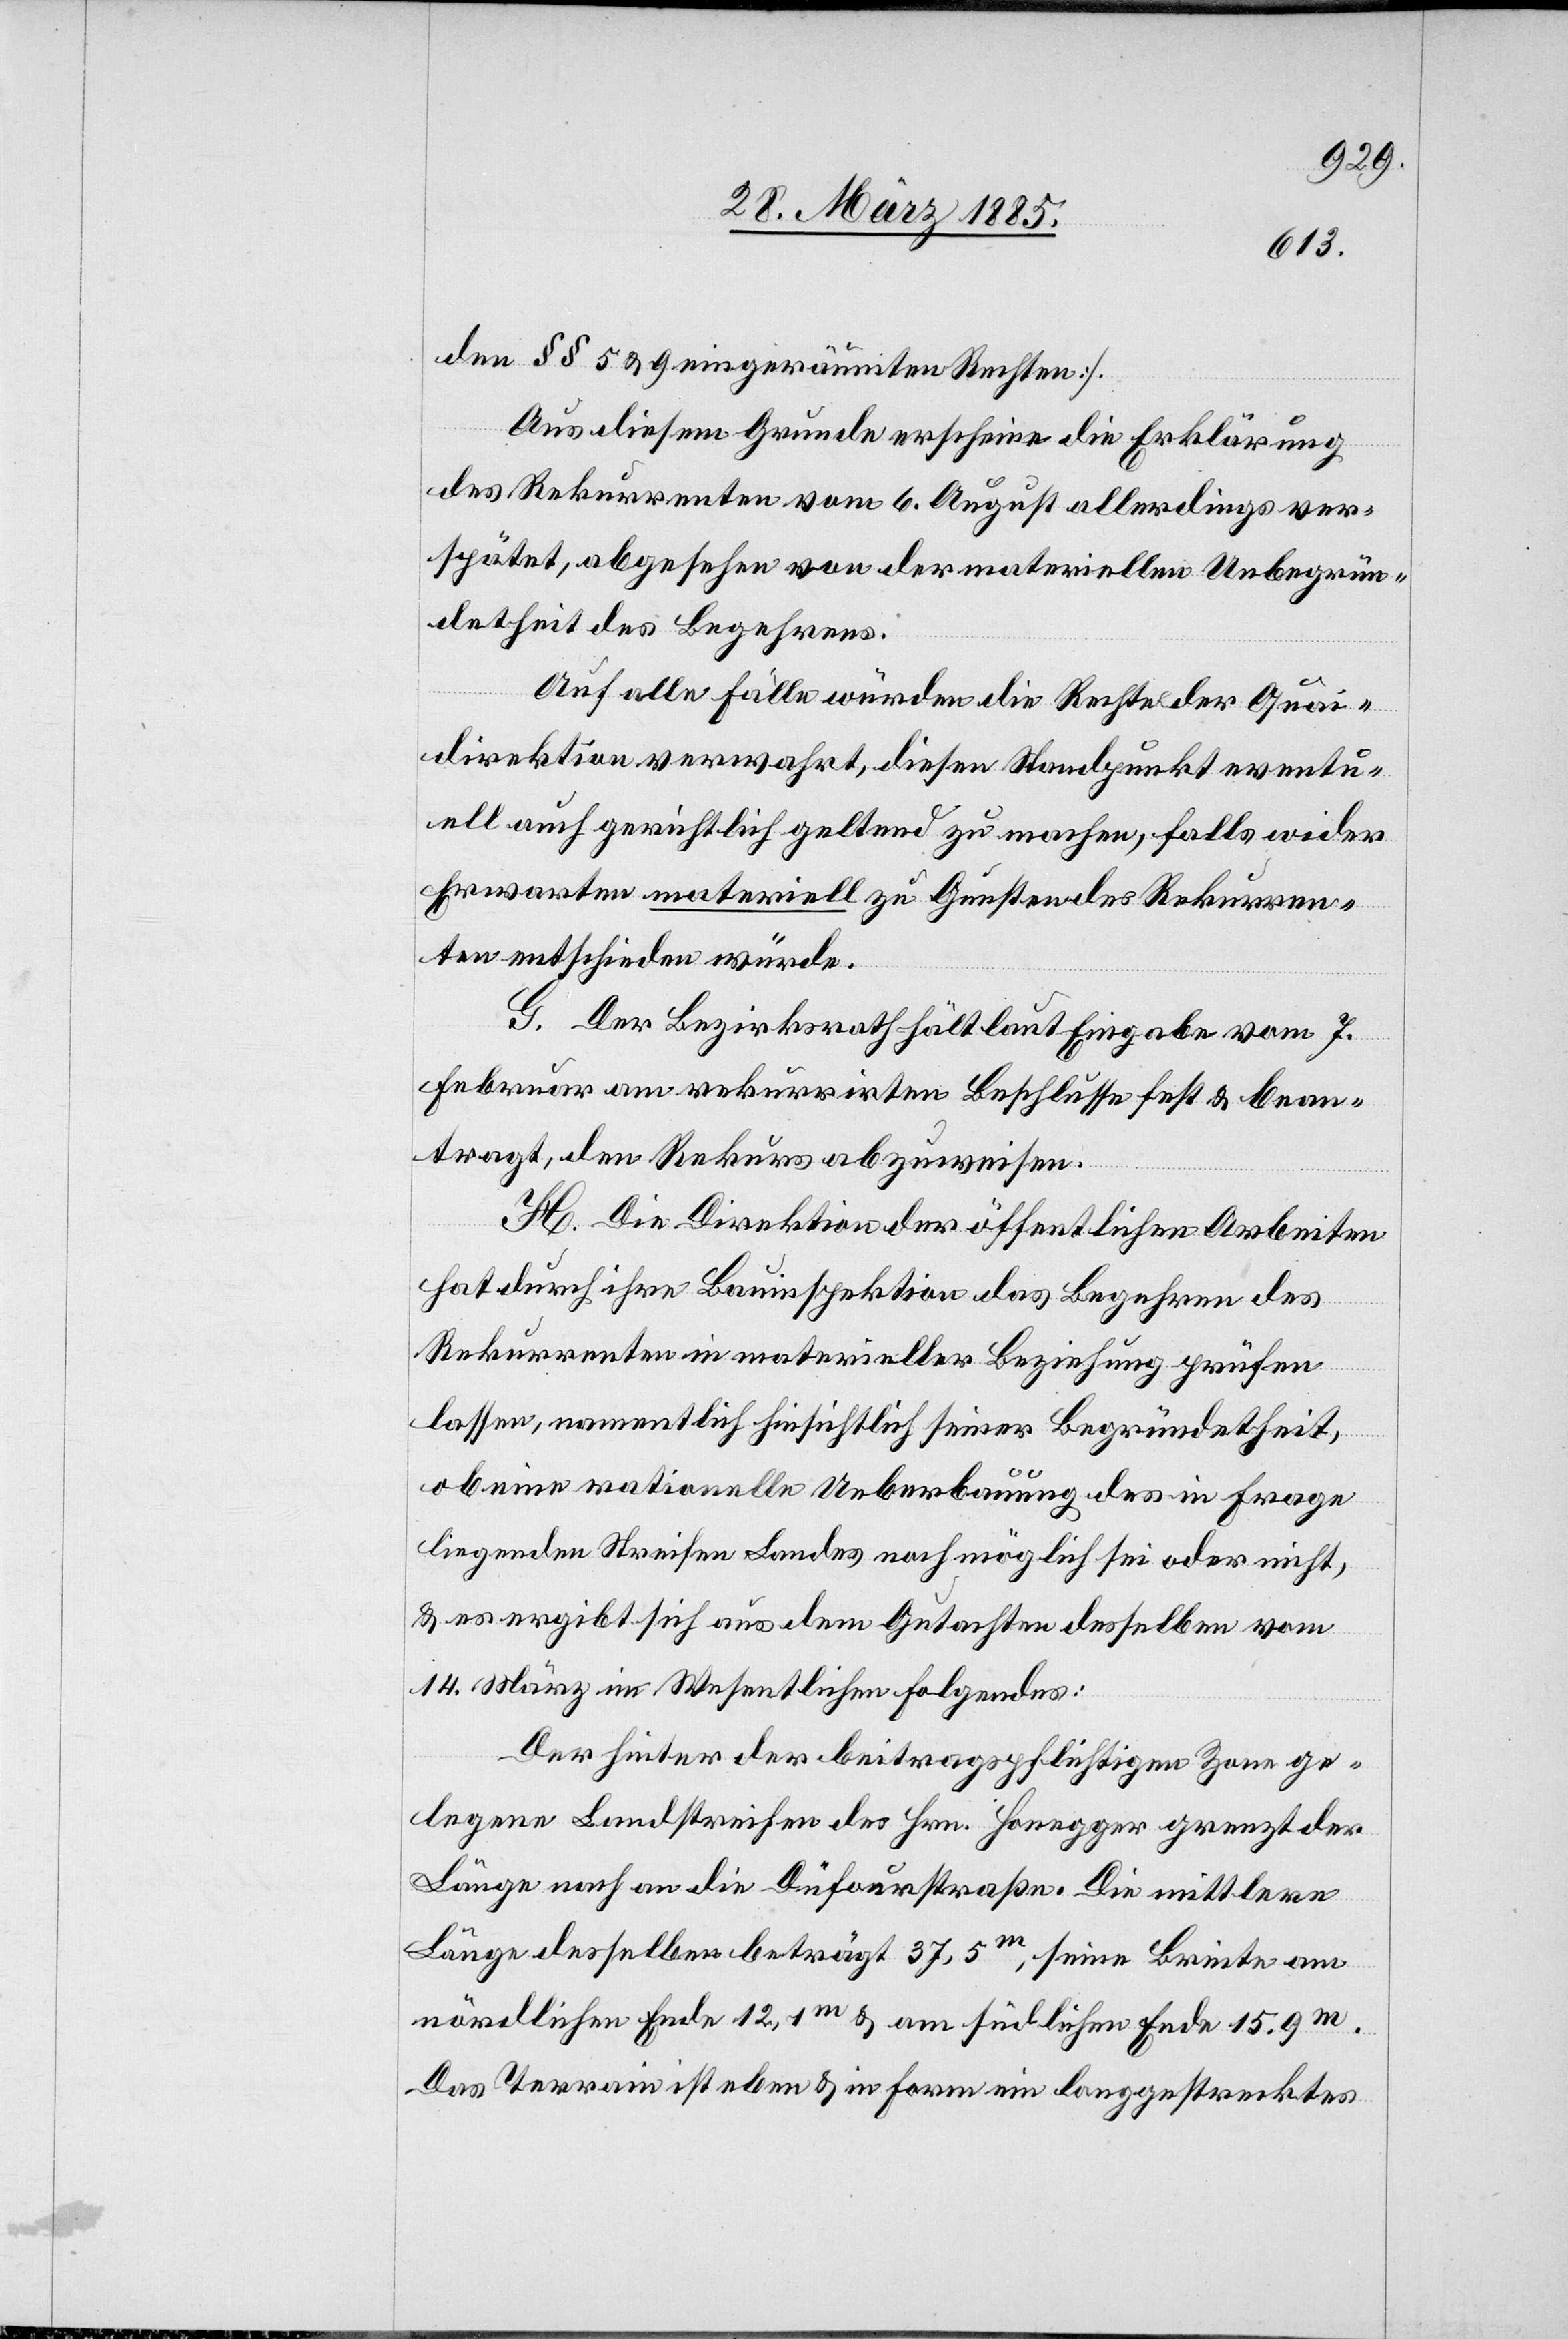
den §§ 5 & 9 eingeräumten Rechten].
Aus diesem Grunde erscheine die Erklärung
des Rekurrenten vom 6. August allerdings ver¬
spätet, abgesehen von der materiellen Unbegrün¬
detheit des Begehrens.
Auf alle Fälle würden die Rechte der Quai¬
direktion verwahrt, diesen Standpunkt eventu¬
ell auch gerichtlich geltend zu machen, falls wider
Erwarten materiell zu Gunsten des Rekurren¬
ten entschieden würde.
G. Der Bezirksrath hält laut Eingabe vom 7.
Februar am rekurrirten Beschlusse fest & bean¬
tragt, den Rekurs abzuweisen.
H. Die Direktion der öffentlichen Arbeiten
hat durch ihre Bauinspektion das Begehren des
Rekurrenten in materieller Beziehung prüfen
lassen, namentlich hinsichtlich seiner Begründetheit,
ob eine rationelle Ueberbauung des in Frage
liegenden Streifen Landes noch möglich sei oder nicht,
& es ergibt sich aus dem Gutachten desselben vom
14. März im Wesentlichen Folgendes.
Der hinter der beitragspflichtigen Zone ge¬
legene Landstreifen des Hrn. Honegger grenzt der
Länge nach an die Düfourstraße. Die mittlere
Länge desselben beträgt 37,5 m, seine Breite am
nördlichen Ende 12,1m & am südlichen Ende 15.9m.
Das Terrain ist eben & in Form ein langgestrecktes